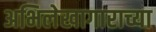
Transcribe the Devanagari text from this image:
अभिलेखागाराच्या